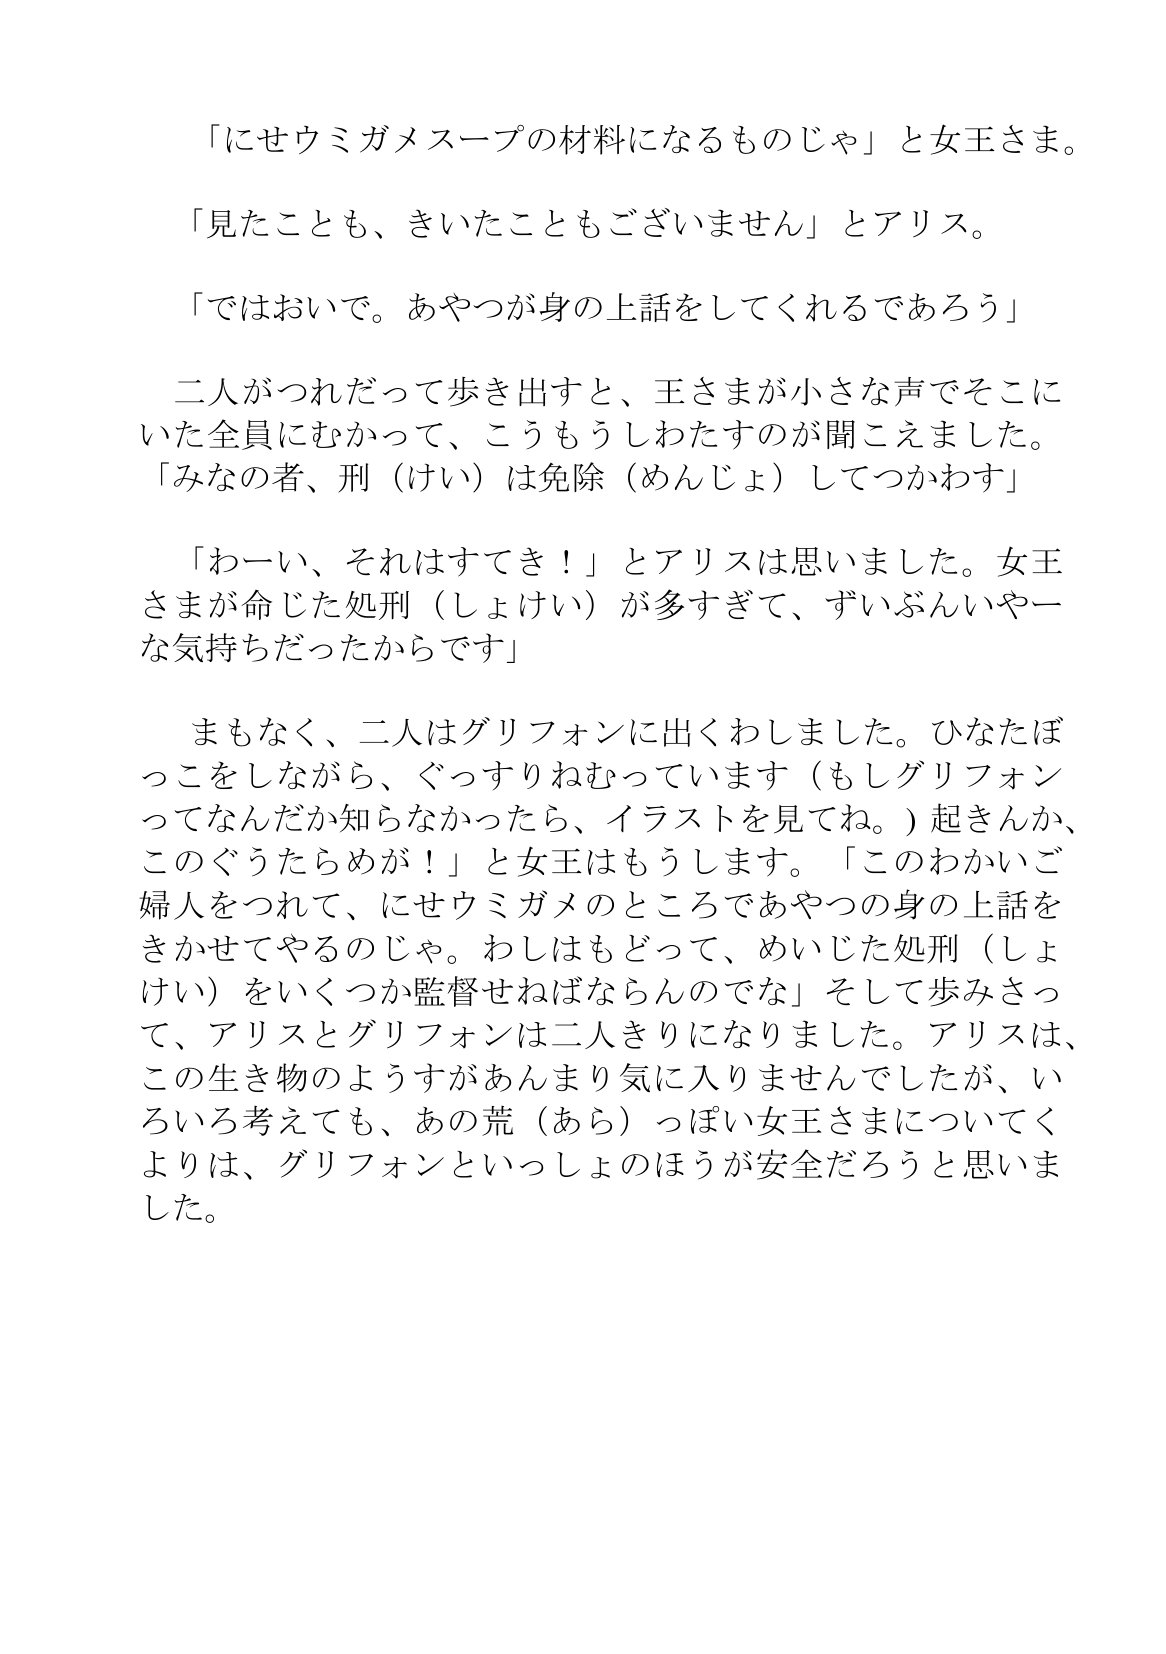
Language: ja